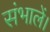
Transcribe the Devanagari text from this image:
संभालें।